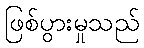
ဖြစ်ပွားမှုသည်